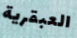
العبقرية